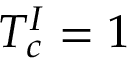
T _ { c } ^ { I } = 1